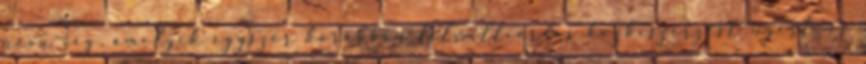
nevű cég, amelyik egyszer korábban félmilliárdos közbeszerzést nyert, és